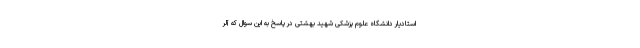
استادیار دانشگاه علوم پزشکی شهید بهشتی در پاسخ به این سوال که آلر